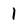
Character: l